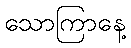
သောကြာနေ့